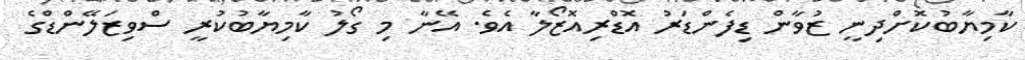
ކާމިޔާބުކޮށްދިނީ ޒުވާން ޑިފެންޑަރު އޮޑްރިއޮޒޯލާ އެވެ. އޭނާ މި ގޯލު ކާމިޔާބުކުރީ ސްވިޒަލޭންޑްގެ